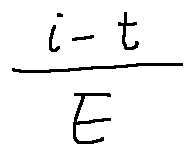
\frac { i - t } { E }